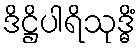
ဒိဋ္ဌိပါရိသုဒ္ဓိံ